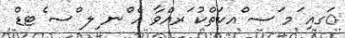
ަގއި ަމ ަސ ްއކަތްކު ަރއްވާ އެ ްނ ިލ ްސ ެޓޑް